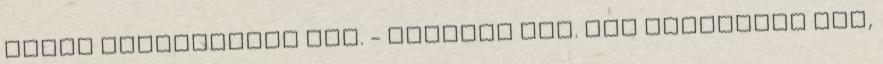
mikor meghallotta ezt. - Rendben van. Nem büntetlek meg,